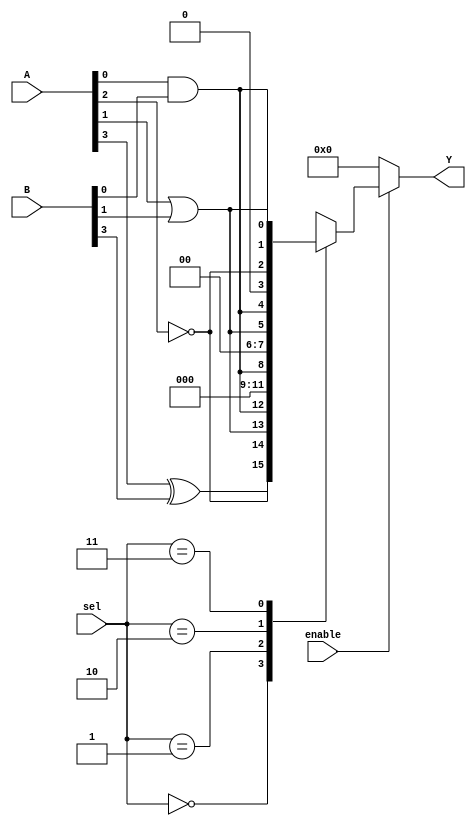
module CombinationalLogicBlock (
    input wire [3:0] A,          // 4-bit input A
    input wire [3:0] B,          // 4-bit input B
    input wire [1:0] sel,        // 2-bit select signal for MUX
    input wire enable,            // Enable signal
    output wire [3:0] Y          // 4-bit output Y
);

// Internal signals
wire [3:0] lut_out;             // Output from LUTs
wire [3:0] mux_out;             // Output from MUX

// Look-Up Table (LUT) implementation
// Example: LUT1 implements A AND B, LUT2 implements A OR B
assign lut_out[0] = A[0] & B[0]; // LUT1: AND
assign lut_out[1] = A[1] | B[1]; // LUT2: OR
assign lut_out[2] = ~A[2];       // LUT3: NOT
assign lut_out[3] = A[3] ^ B[3]; // LUT4: XOR

// Multiplexer to select between different LUT outputs based on 'sel'
always @(*) begin
    case (sel)
        2'b00: mux_out = lut_out;          // Select all LUT outputs
        2'b01: mux_out = {3'b000, lut_out[0]}; // Select only LUT1 output
        2'b10: mux_out = {2'b00, lut_out[1:0]}; // Select LUT1 and LUT2 outputs
        2'b11: mux_out = {1'b0, lut_out[2:0]}; // Select LUT1, LUT2, and LUT3 outputs
        default: mux_out = 4'b0000; // Default case
    endcase
end

// Enable control for output
assign Y = enable ? mux_out : 4'b0000; // If enabled, output mux_out; otherwise, output 0

endmodule